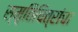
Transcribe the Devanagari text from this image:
स्मृतिचित्रांचा